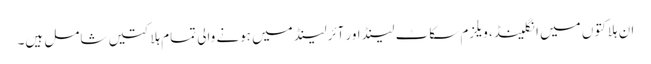
ا ن ہلاکتوں میں انگلینڈ، ویلزم سکاٹ لینڈ اور آئرلینڈ میں ہونے والی تمام ہلاکتیں شامل ہیں۔